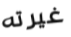
غيرته